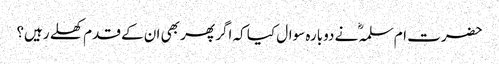
حضرت ام سلمہؓ نے دوبارہ سوال کیا کہ اگر پھر بھی ان کے قدم کھلے رہیں؟